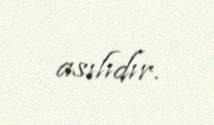
asılıdır.